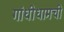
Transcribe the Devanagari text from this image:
गांधीधामची